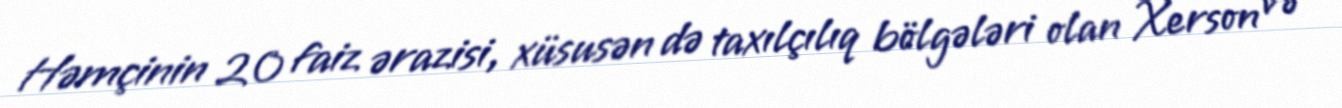
Həmçinin 20 faiz ərazisi, xüsusən də taxılçılıq bölgələri olan Xerson və